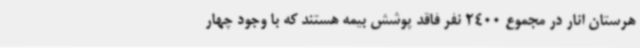
هرستان انار در مجموع 2400 نفر فاقد پوشش بیمه هستند که با وجود چهار